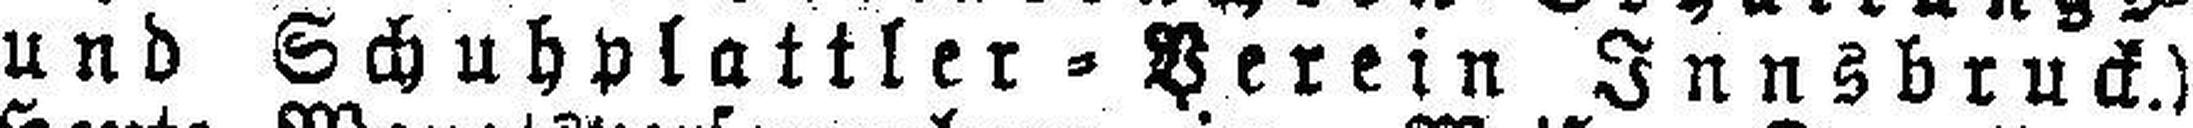
und Schuhplattler=Verein Innsbruck.)